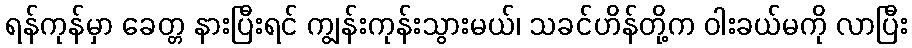
ရန်ကုန်မှာ ခေတ္တ နားပြီးရင် ကျွန်းကုန်းသွားမယ်၊ သခင်ဟိန်တို့က ဝါးခယ်မကို လာပြီး